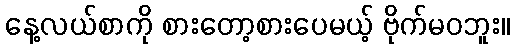
နေ့လယ်စာကို စားတော့စားပေမယ့် ဗိုက်မဝဘူး။